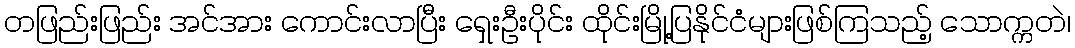
တဖြည်းဖြည်း အင်အား ကောင်းလာပြီး ရှေးဦးပိုင်း ထိုင်းမြို့ပြနိုင်ငံများဖြစ်ကြသည့် သောက္ကတဲ၊